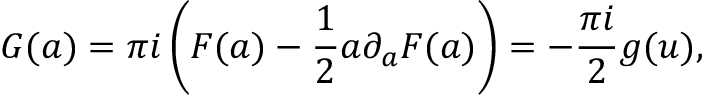
{ \cal G } ( a ) = \pi i \left( { \cal F } ( a ) - { \frac { 1 } { 2 } } a \partial _ { a } { \cal F } ( a ) \right) = - { \frac { \pi i } { 2 } } g ( u ) ,